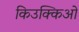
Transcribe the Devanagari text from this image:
किउक्किओ